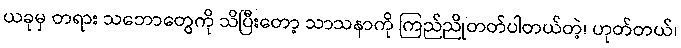
ယခုမှ တရား သဘောတွေကို သိပြီးတော့ သာသနာကို ကြည်ညိုတတ်ပါတယ်တဲ့၊ ဟုတ်တယ်၊